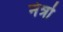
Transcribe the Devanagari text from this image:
नेत्रो